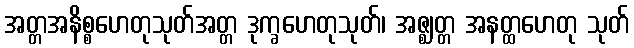
အတ္တအနိစ္စဟေတုသုတ်အတ္တ ဒုက္ခဟေတုသုတ်၊ အဇ္ဈတ္တ အနတ္ထဟေတု သုတ်